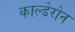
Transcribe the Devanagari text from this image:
काल्डेरोन